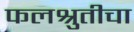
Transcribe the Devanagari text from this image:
फलश्रुतीचा